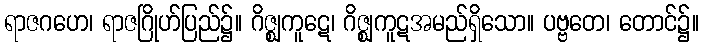
ရာဇဂဟေ၊ ရာဇဂြိုဟ်ပြည်၌။ ဂိဇ္ဈကူဋေ၊ ဂိဇ္ဈကူဋအမည်ရှိသော။ ပဗ္ဗတေ၊ တောင်၌။